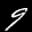
Label: 9